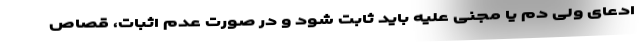
ادعای ولی دم یا مجنی علیه باید ثابت شود و در صورت عدم اثبات، قصاص